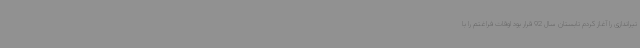
تیراندازی را آغاز کردم تابستان سال 92 قرار بود اوقات فراغتم را با